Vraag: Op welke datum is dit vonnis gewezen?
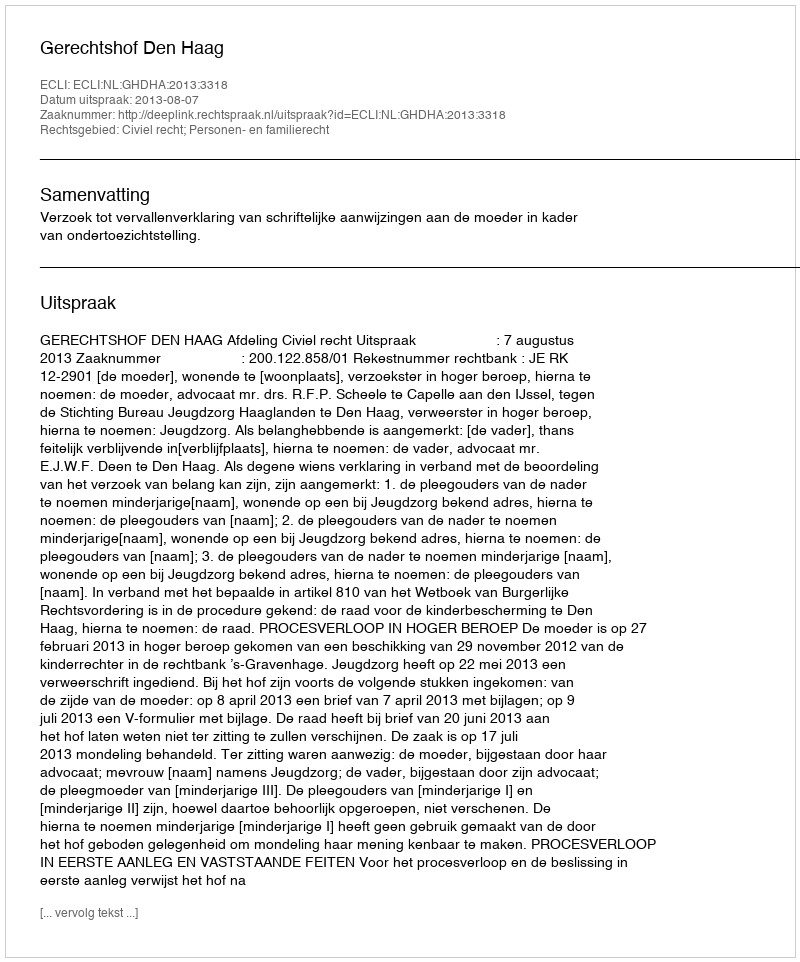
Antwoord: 2013-08-07